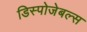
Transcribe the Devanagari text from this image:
डिस्पोजेबल्स